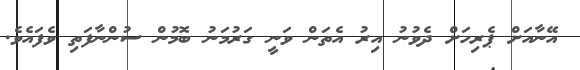
އޭނާއަށް ޕެރިހަށް ދެވުނު އިރު އެތަން ވަނީ ގަރުމަނު ބޮމުން ސުންނާފަތި ވެފައެވެ.